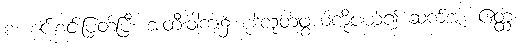
စ၊ စင်းစင်းပြတ်ပြီး အတီးဝါကျ၌ စုဒ်ထုတ်ဖွယ်ကိုပယ်၍ ဆက်အံ့။ ဧတ္ထ၊